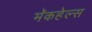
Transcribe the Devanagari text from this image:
मॅकहेल्स